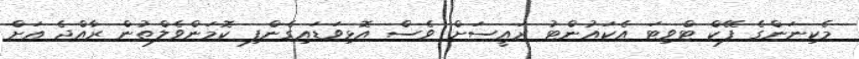
މެކިނަންގެ ފޭކް ޓްވިޓަ އެކައުންޓު ރައީސަށް ވެސް އޮޅިވަޑައިގެންފި ކޮމަންވެލްތުން ރާއްޖެ އަށް